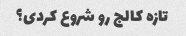
تازه کالج رو شروع کردی؟